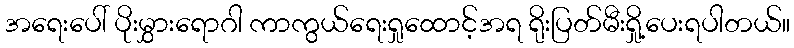
အရေးပေါ် ပိုးမွှားရောဂါ ကာကွယ်ရေးရှုထောင့်အရ ရိုးပြတ်မီးရှို့ပေးရပါတယ်။